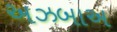
અઝબાઅ